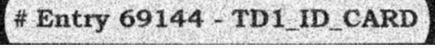
# Entry 69144 - TD1_ID_CARD